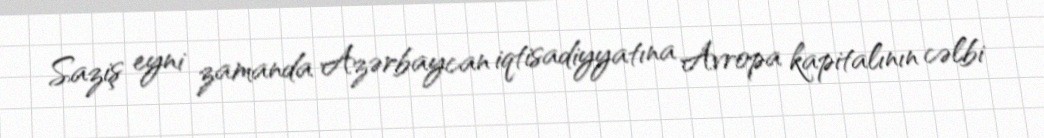
Saziş eyni zamanda Azərbaycan iqtisadiyyatına Avropa kapitalının cəlbi